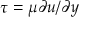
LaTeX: \tau = \mu \partial u / \partial y